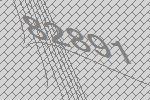
82891